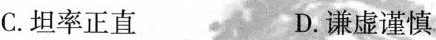
C.坦率正直 D.谦虚谨慎